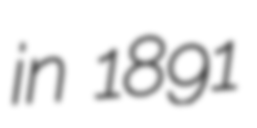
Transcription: in 1891